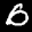
Label: 0